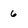
Character: 6